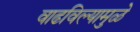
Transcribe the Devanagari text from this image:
वाढविल्यामुळे